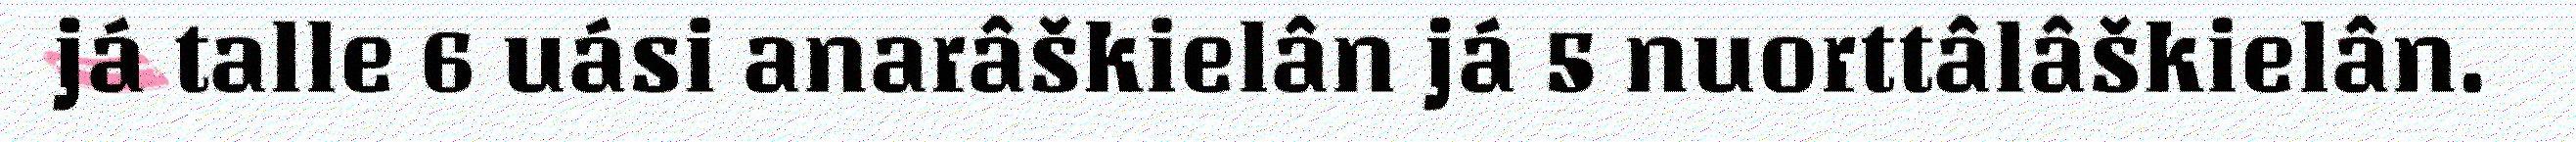
já talle 6 uási anarâškielân já 5 nuorttâlâškielân.